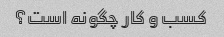
کسب و کار چگونه است؟